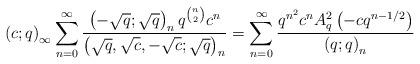
LaTeX: \begin{align*}\left(c;q\right)_{\infty}\sum_{n=0}^{\infty}\frac{\left(-\sqrt{q};\sqrt{q}\right)_{n}q^{\binom{n}{2}}c^{n}}{\left(\sqrt{q},\sqrt{c},-\sqrt{c};\sqrt{q}\right)_{n}}=\sum_{n=0}^{\infty}\frac{q^{n^{2}}c^{n}A_{q}^{2}\left(-cq^{n-1/2}\right)}{\left(q;q\right)_{n}}\end{align*}